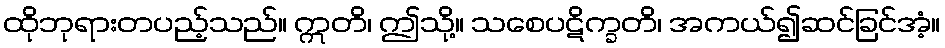
ထိုဘုရားတပည့်သည်။ ဣတိ၊ ဤသို့။ သစေပဋိက္ခတိ၊ အကယ်၍ဆင်ခြင်အံ့။